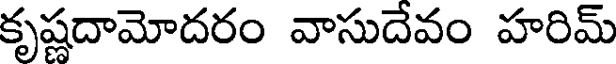
కృష్ణదామోదరం వాసుదేవం హరిమ్